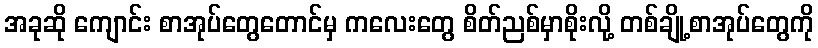
အခုဆို ကျောင်း စာအုပ်တွေတောင်မှ ကလေးတွေ စိတ်ညစ်မှာစိုးလို့ တစ်ချို့စာအုပ်တွေကို